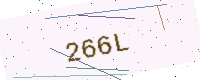
Text: 266L